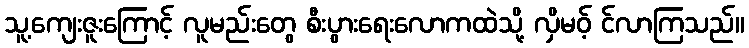
သူ့ကျေးဇူးကြောင့် လူမည်းတွေ စီးပွားရေးလောကထဲသို့ လှိမဝ့် င်လာကြသည်။